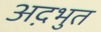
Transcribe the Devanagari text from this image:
अद़भुत